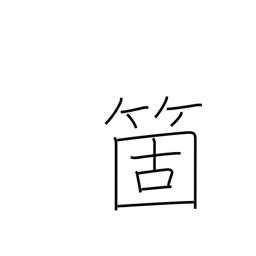
Meaning: counter for articles